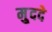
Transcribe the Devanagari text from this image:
मु्ददे